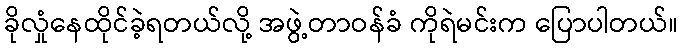
ခိုလှုံနေထိုင်ခဲ့ရတယ်လို့ အဖွဲ့တာဝန်ခံ ကိုရဲမင်းက ပြောပါတယ်။